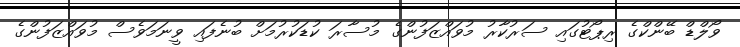
ވޯލްޑް ބޭންކްގެ ރިޕޯޓުގައި ސަރުކާރު މުވައްޒަފުންގެ މުސާރަ ކުޑަކުރުމަށް ބުނެފައި ވީނަމަވެސް މުވައްޒަފުންގެ